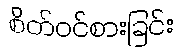
စိတ်ဝင်စားခြင်း